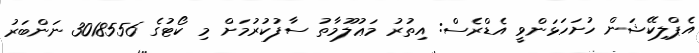
އެޕްލިކޭޝަން ހުށަހަޅަންވީ އެޑްރެސް: އިތުރު މަޢުލޫމާތު ސާފުކުރުމަށް މި ކޯޓުގެ 3018556 ނަންބަރު